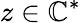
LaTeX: z\in\mathbb{C}^{*}